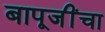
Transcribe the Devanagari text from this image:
बापूजींचा